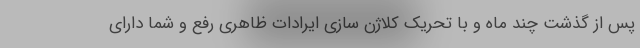
پس از گذشت چند ماه و با تحریک کلاژن سازی ایرادات ظاهری رفع و شما دارای